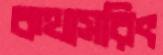
কথাসরিৎ